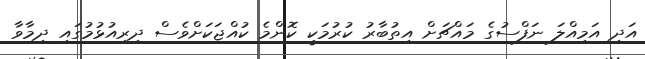
އަދި އަމިއްލަ ނަފްސުގެ މައްޗަށް އިތުބާރު ކުރުމަކީ ކޮންމެ ކުއްޖަކަށްވެސް ދިރިއުޅުމުގައި ދިމާވާ